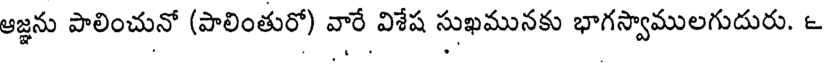
ఆజ్ఞను పాలించునో (పాలింతురో) వారే విశేష సుఖమునకు భాగస్వాములగుదురు. ౬